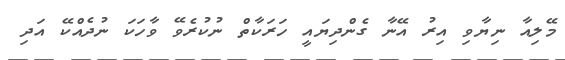
މޭލިއާ ނިޔާވި އިރު އޭނާ ގެންދިޔައީ ހަރަކާތް ނުކުރެވޭ ވާހަކަ ނުދެއްކޭ އަދި